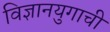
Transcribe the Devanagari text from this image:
विज्ञानयुगाची